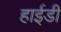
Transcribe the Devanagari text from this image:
हाईडी